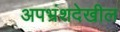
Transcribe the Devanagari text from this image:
अपभ्रंशदेखील